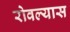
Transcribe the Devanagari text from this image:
रोवल्यास